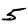
Digit: 5